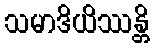
သမာဒိယိဿန္တိ